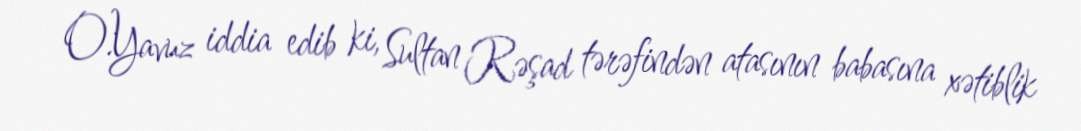
O.Yavuz iddia edib ki, Sultan Rəşad tərəfindən atasının babasına xətiblik